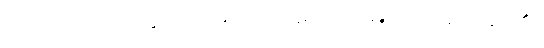
ဖော်ထုတ်ရာတွင် ထိရောက် အောင်မြင်ခဲ့သည် ဆို၏။